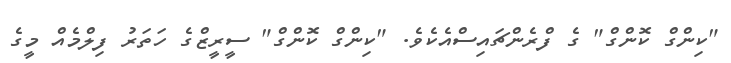
"ކިންގް ކޮންގް" ގެ ފްރެންޗައިސްއެކެވެ. "ކިންގް ކޮންގް" ސީރީޒްގެ ހަތަރު ފިލްމެއް މީގެ